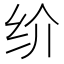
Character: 𰬀